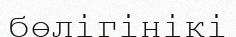
бөлігінікі